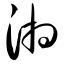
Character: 湘